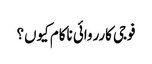
فوجی کارروائی ناکام کیوں؟